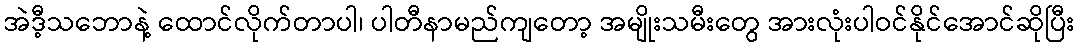
အဲဒီ့သဘောနဲ့ ထောင်လိုက်တာပါ၊ ပါတီနာမည်ကျတော့ အမျိုးသမီးတွေ အားလုံးပါဝင်နိုင်အောင်ဆိုပြီး